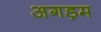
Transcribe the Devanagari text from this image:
अगड़म